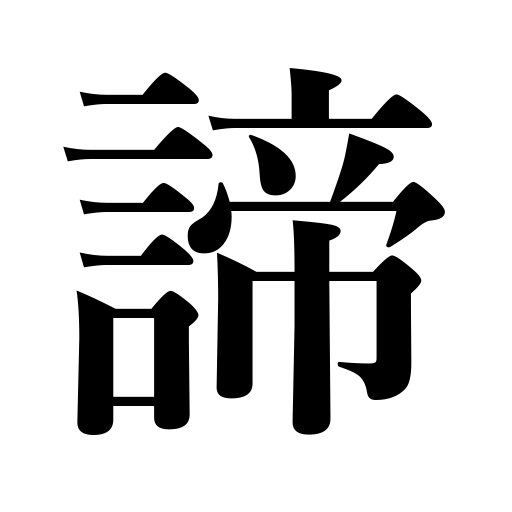
Meanings: give up,abandon,resign to,be reconciled to